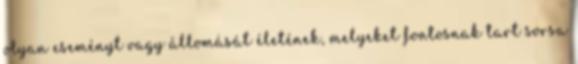
olyan eseményt vagy állomását életének, melyeket fontosnak tart sorsa